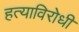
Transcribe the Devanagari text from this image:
हत्याविरोधी